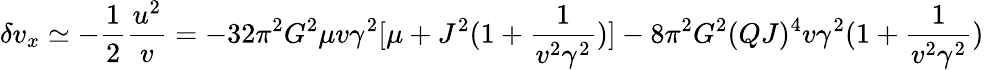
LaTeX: \delta v_{x}\simeq-\frac{1}{2}\frac{u^{2}}{v}=-32\pi^{2}G^{2}\mu v\gamma^{2}[\mu+J^{2}(1+\frac{1}{v^{2}\gamma^{2}})]-8\pi^{2}G^{2}(QJ)^{4}v\gamma^{2}(1+\frac{1}{v^{2}\gamma^{2}})